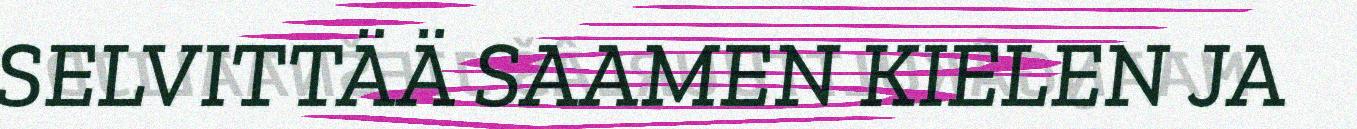
SELVITTÄÄ SAAMEN KIELEN JA